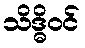
သိဒ္ဓိဝင်